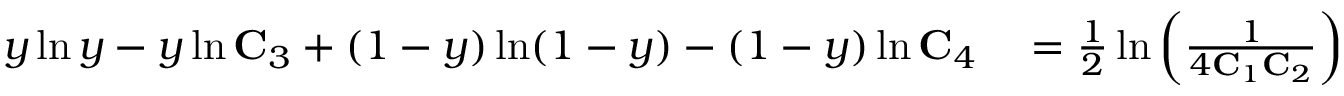
\begin{array} { r l } { y \ln y - y \ln \mathbf { C } _ { 3 } + ( 1 - y ) \ln ( 1 - y ) - ( 1 - y ) \ln \mathbf { C } _ { 4 } } & { { } = \frac { 1 } { 2 } \ln \left( \frac { 1 } { 4 \mathbf { C } _ { 1 } \mathbf { C } _ { 2 } } \right) } \end{array}